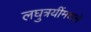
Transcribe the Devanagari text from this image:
लघुत्रयींमधले